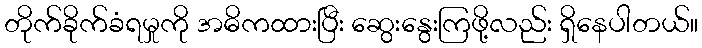
တိုက်ခိုက်ခံရမှုကို အဓိကထားပြီး ဆွေးနွေးကြဖို့လည်း ရှိနေပါတယ်။